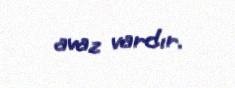
avaz vardır.